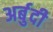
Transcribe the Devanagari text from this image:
अर्बुदी